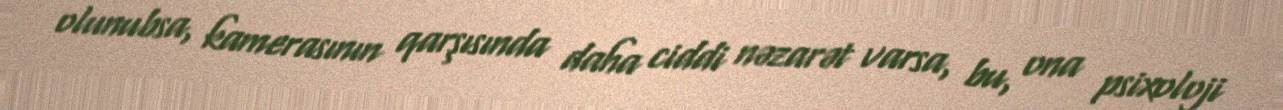
olunubsa, kamerasının qarşısında daha ciddi nəzarət varsa, bu, ona psixoloji